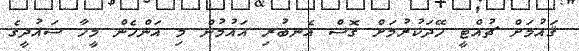
ޤައުމަށް ޗުއްޓީ ހޭދަކުރުމަށް ގޮސް އެނބުރި އައުމުން މި އަންހެން މީހާ ސައުދީގެ